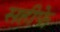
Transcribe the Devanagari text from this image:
सहीफे़